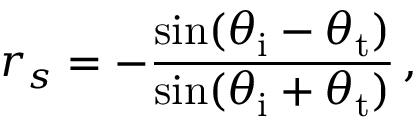
r _ { s } = - { \frac { \sin ( \theta _ { \mathrm { i } } - \theta _ { \mathrm { t } } ) } { \sin ( \theta _ { \mathrm { i } } + \theta _ { \mathrm { t } } ) } } \, ,